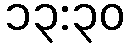
၁၃:၃၀